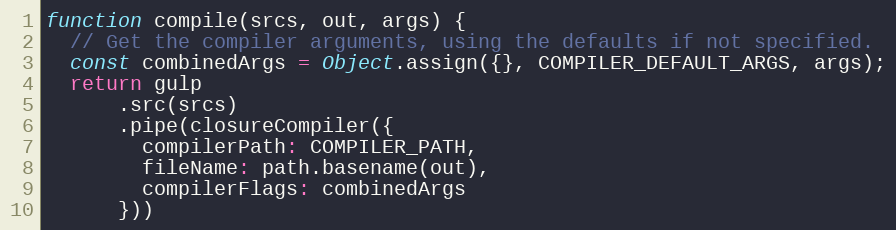
Language: JavaScript
function compile(srcs, out, args) {
  // Get the compiler arguments, using the defaults if not specified.
  const combinedArgs = Object.assign({}, COMPILER_DEFAULT_ARGS, args);
  return gulp
      .src(srcs)
      .pipe(closureCompiler({
        compilerPath: COMPILER_PATH,
        fileName: path.basename(out),
        compilerFlags: combinedArgs
      }))